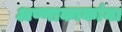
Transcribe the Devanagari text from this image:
अण्णाकाकांना